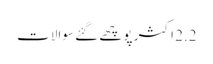
2.2 اکثر پوچھے گئے سوالات